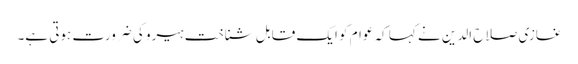
غازی صلاح الدین نے کہا کہ عوام کو ایک قابلِ شناخت ہیرو کی ضرورت ہوتی ہے۔